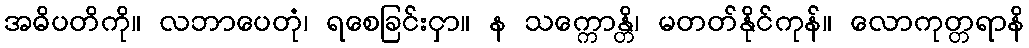
အဓိပတိကို။ လဘာပေတုံ၊ ရစေခြင်းငှာ။ န သက္ကောန္တိ၊ မတတ်နိုင်ကုန်။ လောကုတ္တရာနိ